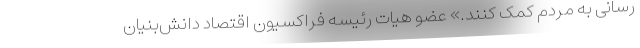
‌رسانی به مردم کمک کنند.» عضو هیات رئیسه فراکسیون اقتصاد دانش‌بنیان